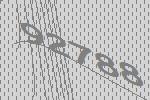
92788